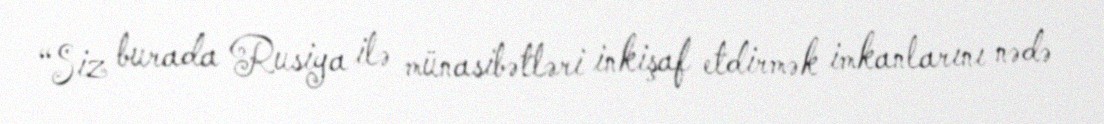
“Siz burada Rusiya ilə münasibətləri inkişaf etdirmək imkanlarını nədə